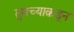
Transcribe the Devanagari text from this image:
तुमच्याक़डून